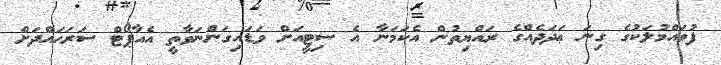
ފުވައްމުލަކުގެ ގިނަ ޢަދަދެއްގެ ރައްޔިތުން އެކަމަނާ އެ ސިޓީއަށް ވަޑައިގަންނަވާތީ އެއާޕޯޓް ސަރަޙައްދަށް